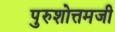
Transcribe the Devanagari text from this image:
पुरुशोत्तमजी